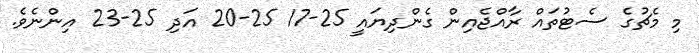
މި މެޗުގެ ސެޓުތައް ރާއްޖެއިން ގެންދިޔައީ 25-17 25-20 އަދި 25-23 އިންނެވެ.